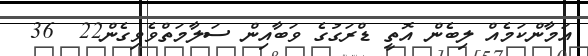
އަމާންކަމެއް ލިބެން އޮތީ ޑްރަގުގެ ވަބާއިން ސަލާމަތްވެވިގެން22  36